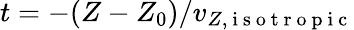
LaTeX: t=-(Z-Z_{0})/v_{Z,\mathrm{~i~s~o~t~r~o~p~i~c~}}